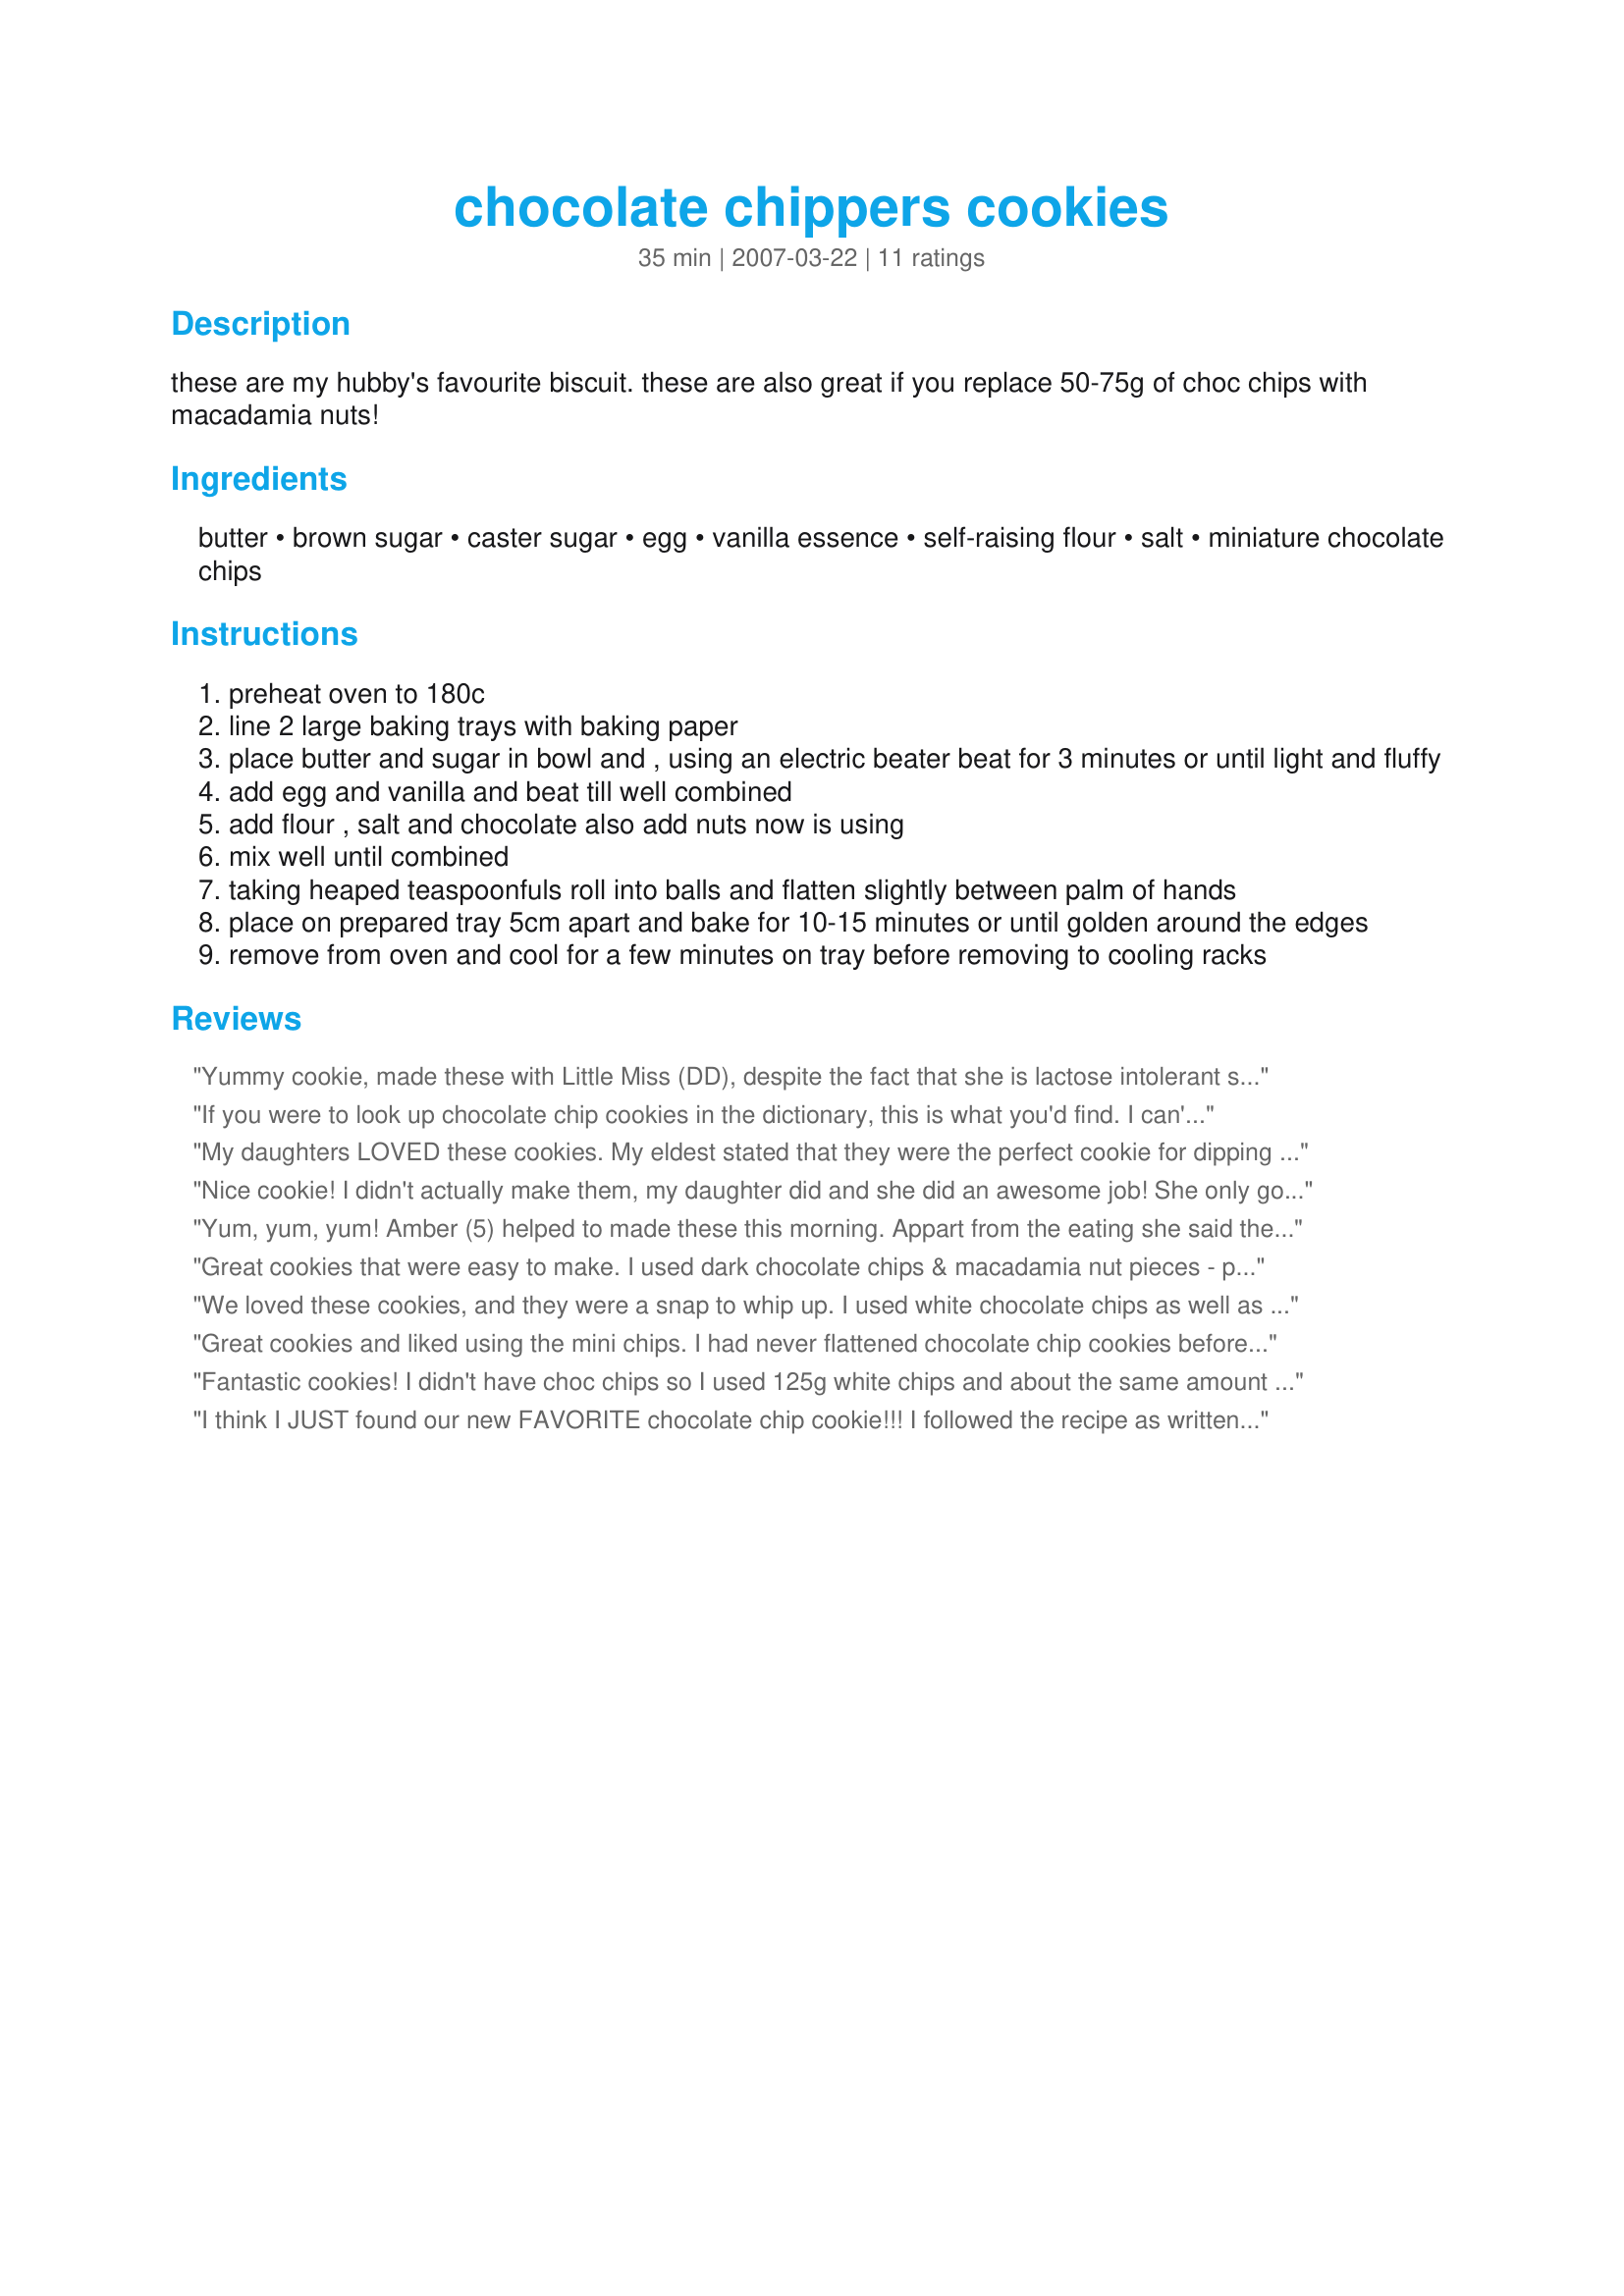
chocolate chippers cookies
Preparation time: 35 minutes

these are my hubby's favourite biscuit.
these are also great if you replace 50-75g of choc chips with macadamia nuts!

Ingredients:
butter, brown sugar, caster sugar, egg, vanilla essence, self-raising flour, salt, miniature chocolate chips

Steps:
preheat oven to 180c
line 2 large baking trays with baking paper
place butter and sugar in bowl and , using an electric beater beat for 3 minutes or until light and fluffy
add egg and vanilla and beat till well combined
add flour , salt and chocolate also add nuts now is using
mix well until combined
taking heaped teaspoonfuls roll into balls and flatten slightly between palm of hands
place on prepared tray 5cm apart and bake for 10-15 minutes or until golden around the edges
remove from oven and cool for a few minutes on tray before removing to cooling racks

Reviews:
Yummy cookie, made these with Little Miss (DD), despite the fact that she is lactose intolerant sometimes we let her have a little chocolate treat. Didn't change a thing and directions were easy to read. Thank you Stardustannie
If you were to look up chocolate chip cookies in the dictionary, this is what you'd find. I can't believe a batter this simple and quick can be so absolutely *PERFECT* . I can see why they are your husbands favourite. The only thing I did differently was to use regular size milk chocolate chips. These are amazing. :)
My daughters LOVED these cookies. My eldest stated that they were the perfect cookie for dipping into her milk. No chippers for me as I eat gluten-free but my family give your 5 stars (more if they could too ). Great instructions and super easy to make. I made 4 cookies with my mix using a 230g bag of Cadbury milk chocolate chips. Photo also to be posted. *Reviewed during PAC Spring '08*
Nice cookie! I didn't actually make them, my daughter did and she did an awesome job! She only got 3 dozen cookies out of the recipe, but that's because she likes hers a bit bigger. :)
Yum, yum, yum! Amber (5) helped to made these this morning. Appart from the eating she said the best part was the rolling. These are so quick to make and will be excellent with a cuppa.
Great cookies that were easy to make. I used dark chocolate chips & macadamia nut pieces - perfect combination. Everyone loved them. Thanks for sharing this keeper.
We loved these cookies, and they were a snap to whip up. I used white chocolate chips as well as milk chocolate.
Made for ZWT 3 thanks for a terrific cookie!!
Great cookies and liked using the mini chips. I had never flattened chocolate chip cookies before baking but these were fun to make and tasted so good. I used hcopeland's Recipe #5247 for the self rising flour as I dont use it enough to buy a bag and it worked nicely. Will make this recipe again!
Fantastic cookies! I didn't have choc chips so I used 125g white chips and about the same amount in volume of chopped apricots, as well as 1/4 cup shredded coconut. Also used all caster sugar. Very yummy I can't wait to make them as written!
I think I JUST found our new FAVORITE chocolate chip cookie!!! I followed the recipe as written, except I used the larger size chocolate chips. Crispy but chewy--PERFECT!!!
I made these for ZWT 3 and they were very easy and yummy!!!! I had never used self-raising flour for my cookies. It was a little different as I had to convert the grams into ounces and luckily I had a scale, so was able to make as directed. Definitely will make these again!!!
